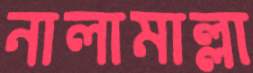
নালামাল্লা